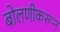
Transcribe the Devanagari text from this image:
बोलणीकरून